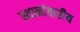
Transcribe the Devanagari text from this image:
स्थानांतारीय